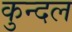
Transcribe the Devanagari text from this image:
कुन्दल